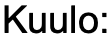
Kuulo: